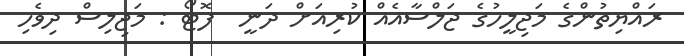
ރައްޔިތުންގެ މަޖިލީހުގެ ޖަލްސާއެއް ކުރިއަށް ދަނީ  ފޮޓޯ : މަޖިލިސް ދިވެހި